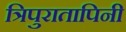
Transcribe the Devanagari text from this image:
त्रिपुरातापिनी